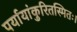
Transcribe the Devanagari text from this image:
पर्यायांकुरितस्मितः।